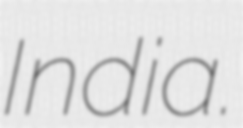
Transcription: India.